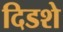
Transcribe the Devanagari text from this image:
दिडशे